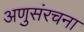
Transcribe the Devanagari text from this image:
अणुसंरचना